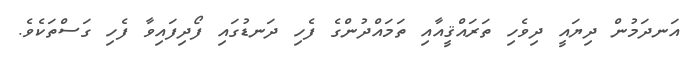
އަނދަމުން ދިޔައީ ދިވެހި ތަރައްޤީއާއި ތަމައްދުންގެ ފެހި ދަނޑުގައި ފޯދިފައިވާ ފެހި ގަސްތަކެވެ.